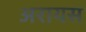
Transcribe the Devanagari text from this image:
अरायस